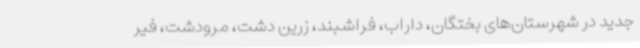
جدید در شهرستان‌های بختگان، داراب، فراشبند، زرین دشت، مرودشت، فیر